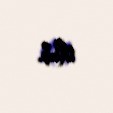
olub.